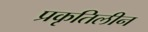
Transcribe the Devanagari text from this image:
प्रकृतिलीन